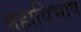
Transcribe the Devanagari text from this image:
महाविभाष